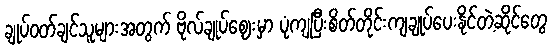
ချုပ်ဝတ်ချင်သူများအတွက် ဗိုလ်ချုပ်ဈေးမှာ ပုံကျပြီးစိတ်တိုင်းကျချုပ်ပေးနိုင်တဲ့ဆိုင်တွေ